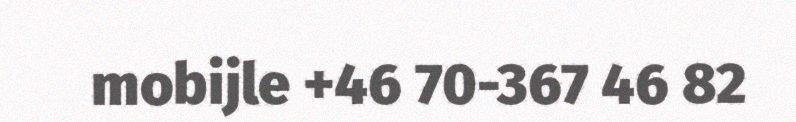
mobijle +46 70-367 46 82